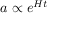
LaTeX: a \propto e ^ { H t }